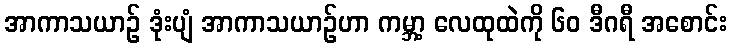
အာကာသယာဉ် ဒုံးပျံ အာကာသယာဉ်ဟာ ကမ္ဘာ့ လေထုထဲကို ၆၀ ဒီဂရီ အစောင်း